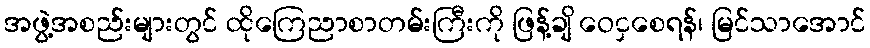
အဖွဲ့အစည်းများတွင် ထိုကြေညာစာတမ်းကြီးကို ဖြန့်ချိ ဝေငှစေရန်၊ မြင်သာအောင်